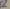
Text: X2